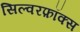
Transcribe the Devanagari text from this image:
सिल्वरफ़ॉक्स